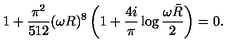
1 + \frac { \pi ^ { 2 } } { 5 1 2 } ( \omega R ) ^ { 8 } \left( 1 + \frac { 4 i } { \pi } \log \frac { \omega \bar { R } } { 2 } \right) = 0 .